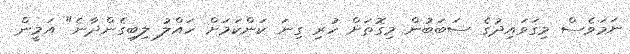
ނަމަވެސް މިގަވައިދުގެ ސަބަބުން މިގޮތަށް ހުރި ގިނަ ކަންކަމަށް ހައްލު ލިބިގެންދާނެ" އަމީން